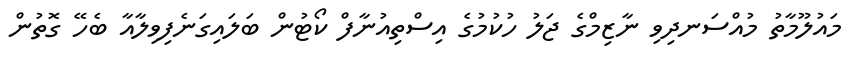
މައުލޫމާތު މުއްސަނދިވި ނާޒިމްގެ ޖަލު ހުކުމުގެ އިސްތިއުނާފް ކޯޓުން ބަލައިގަނެފިވިލާއާ ބެހޭ ގޮތުން